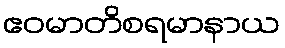
ဧဝမာတိစရမာနာယ